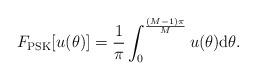
LaTeX: \begin{align*}F_{\rm PSK}[u(\theta)] = \frac{1}{\pi} \int_{0}^{ \frac{(M - 1) \pi}{M}} u(\theta) {\rm d} \theta. \end{align*}